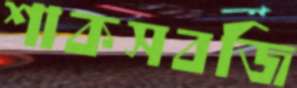
শাকসবজি